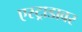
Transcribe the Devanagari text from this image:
एस्ट्राडावर